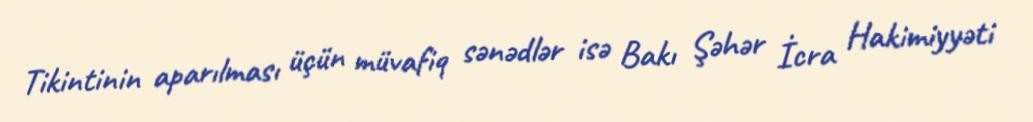
Tikintinin aparılması üçün müvafiq sənədlər isə Bakı Şəhər İcra Hakimiyyəti